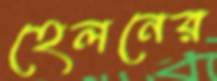
হেলনের